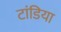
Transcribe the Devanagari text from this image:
टांडिया